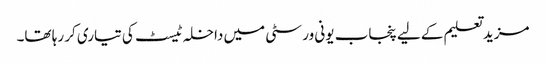
مزید تعلیم کے لیے پنجاب یونی ورسٹی میں داخلہ ٹیسٹ کی تیاری کر رہا تھا۔